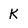
Character: K